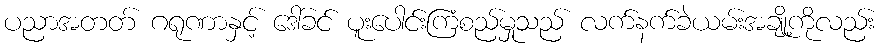
ပညာအတတ် ဂရုဏာနှင့် ဒေါ်ခင် ပူးပေါင်းကြံစည်မှုသည် လက်နက်ခဲယမ်းအချို့ကိုလည်း